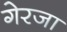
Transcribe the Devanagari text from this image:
गेरजा